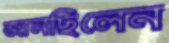
জানছিলেন